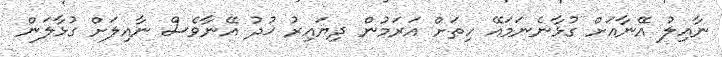
ނާއިލު އޭނާއަށް ގުޅާނެނަމައޭ ހިތަށް އަރަމުން ދިޔައިރު ޚުދު އޭނާވެސް ނާއިލަށް ގުޅާލަން